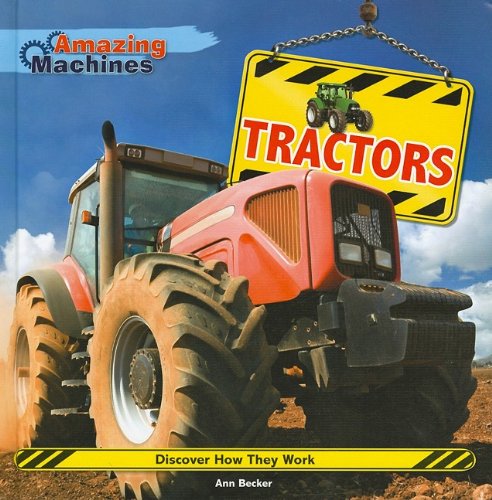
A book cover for Tractors (Amazing Machines); Ann Becker; Children's Books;